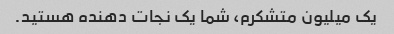
یک میلیون متشکرم، شما یک نجات دهنده هستید.